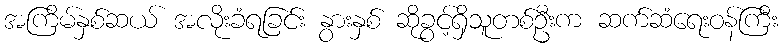
အကြိမ်နှစ်ဆယ် အလိုးခံရခြင်း နွားနှစ် ဆိုခွင့်ရှိသူတစ်ဦးက ဆက်ဆံရေးဝန်ကြီး